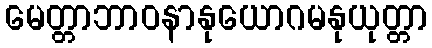
မေတ္တာဘာဝနာနုယောဂမနုယုတ္တာ